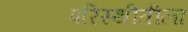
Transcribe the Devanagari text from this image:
परिस्थीतीला